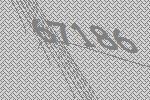
67186